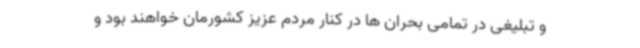
و تبلیغی در تمامی بحران ها در کنار مردم عزیز کشورمان خواهند بود و